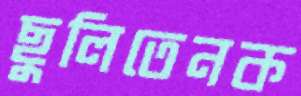
ছুলিতেনক